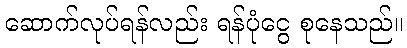
ဆောက်လုပ်ရန်လည်း ရန်ပုံငွေ စုနေသည်။